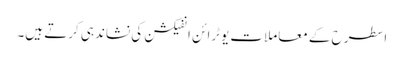
اسطرح کے معاملات یوٹرائن انفیکشن کی نشاندہی کرتے ہیں۔